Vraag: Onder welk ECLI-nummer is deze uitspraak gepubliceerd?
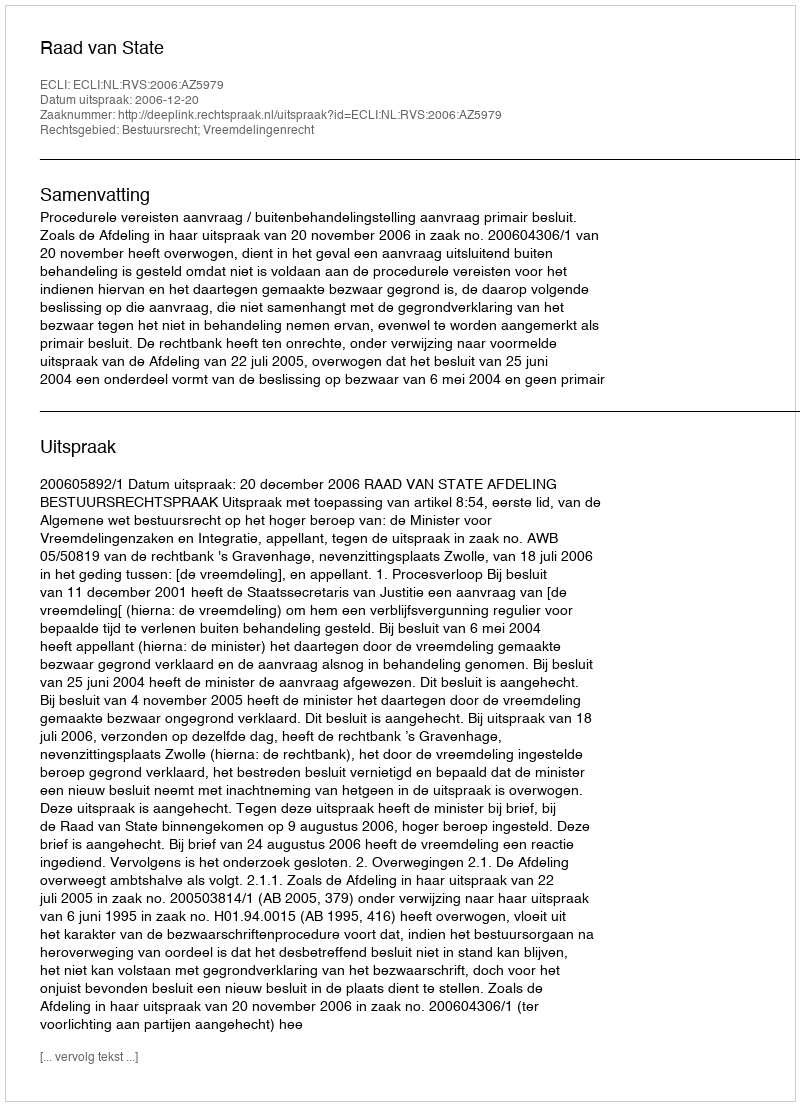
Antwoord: ECLI:NL:RVS:2006:AZ5979